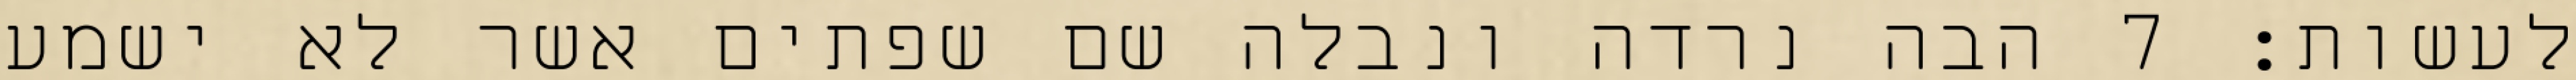
לעשות׃ ‎7‏ הבה נרדה ונבלה שם שפתים אשר לא ישמע